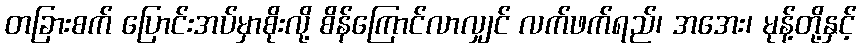
တခြားစက် ပြောင်းအပ်မှာစိုးလို့ စိန်ကြောင်လာလျှင် လက်ဖက်ရည်၊ အအေး၊ မုန့်တို့နှင့်